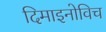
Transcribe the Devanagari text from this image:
दिमाइनोविच